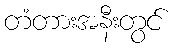
တံတားအနီးတွင်